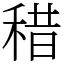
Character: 稓